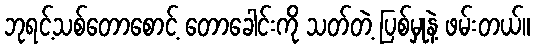
ဘုရင့်သစ်တောစောင့် တောခေါင်းကို သတ်တဲ့ ပြစ်မှုနဲ့ ဖမ်းတယ်။